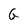
Character: G